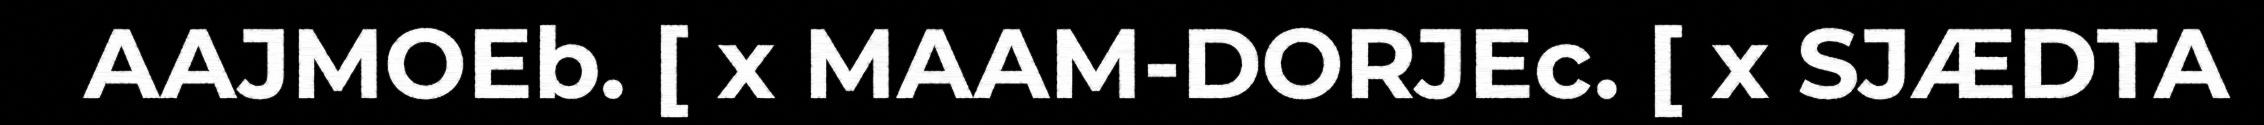
AAJMOEb. [ x MAAM-DORJEc. [ x SJÆDTA